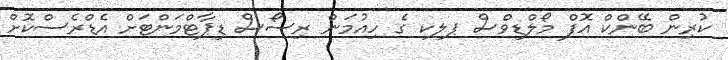
ކުރިން ބޭންކް އޮފް މޯލްޑިވްސް ޕލކ ގެ ހިއުމަން ރިސޯސް ޑިޕާޓްމަންޓަށް އެޑްރެސްކޮށް